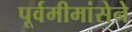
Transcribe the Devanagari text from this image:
पूर्वमीमांसेने